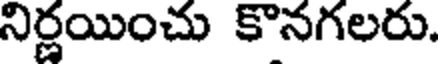
నిర్ణయించు కొనగలరు.